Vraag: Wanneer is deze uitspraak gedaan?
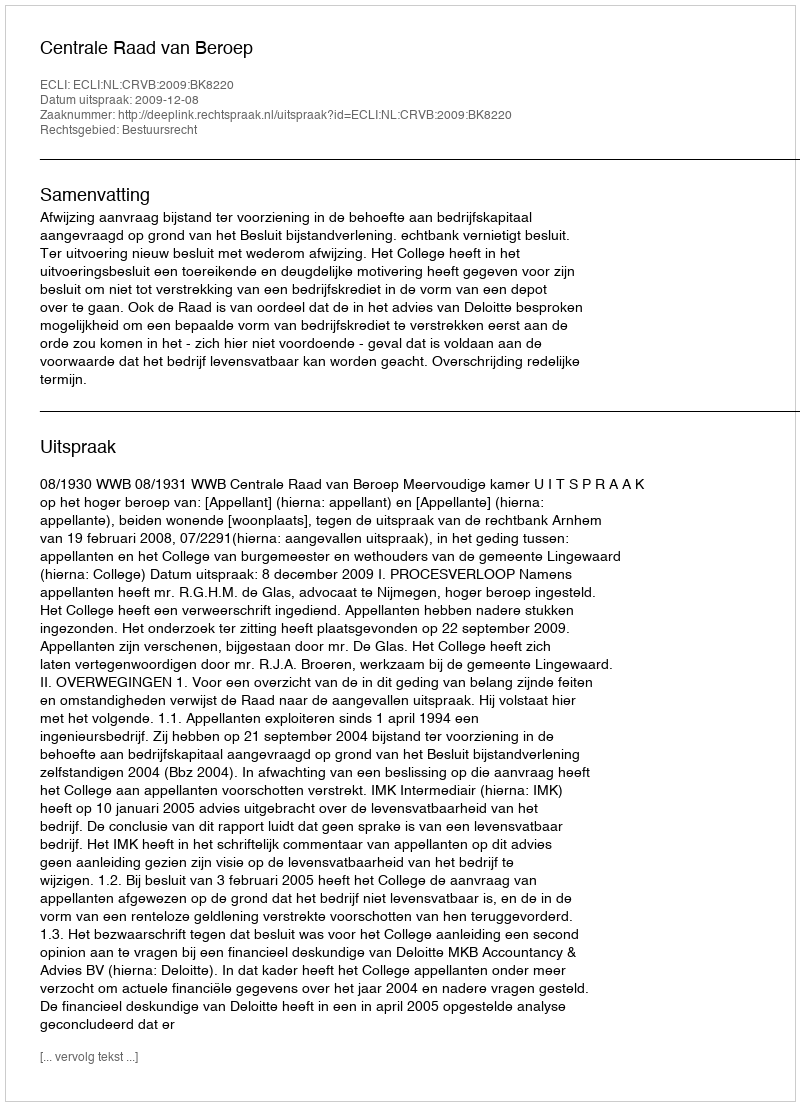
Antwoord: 2009-12-08